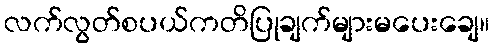
လက်လွတ်စပယ်ကတိပြုချက်များမပေးချေ။